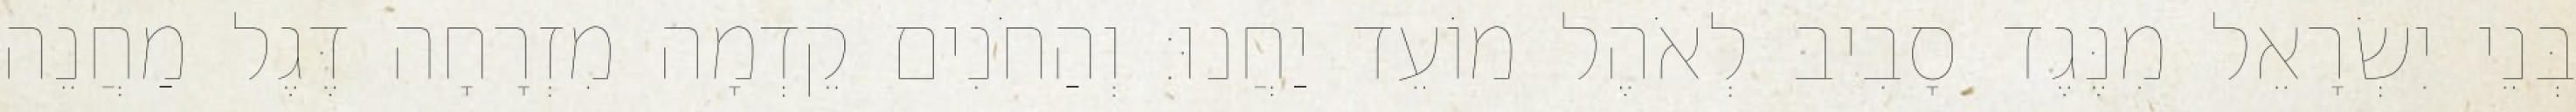
בְּנֵי יִשְׂרָאֵל מִנֶּגֶד סָבִיב לְאֹהֶל מוֹעֵד יַחֲנוּ׃ וְהַחֹנִים קֵדְמָה מִזְרָחָה דֶּגֶל מַחֲנֵה